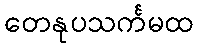
တေနုပသင်္ကမထ